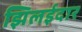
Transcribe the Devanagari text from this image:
झिलईदार